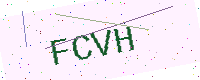
Text: FCVH